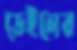
ডেইলের